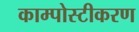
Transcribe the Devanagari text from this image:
काम्पोस्टीकरण